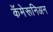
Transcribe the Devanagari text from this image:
कॅमेरूनिअन